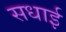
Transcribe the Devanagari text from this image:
सधाई